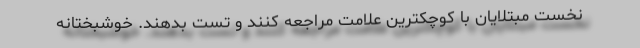
نخست مبتلایان با کوچکترین علامت مراجعه کنند و تست بدهند. خوشبختانه